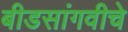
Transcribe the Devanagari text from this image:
बीडसांगवीचे